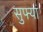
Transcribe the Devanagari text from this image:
सुफ्यां